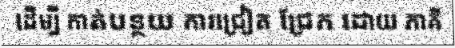
ដើម្បី កាត់បន្ថយ ការជ្រៀត ជ្រែក ដោយ ភាគី